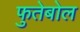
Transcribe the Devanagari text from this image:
फुतेबोल